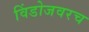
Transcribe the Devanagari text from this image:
विंडोजवरच